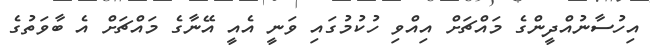
އިހުސާނުއްދީންގެ މައްޗަށް އިއްވި ހުކުމުގައި ވަނީ އެއީ އޭނާގެ މައްޗަށް އެ ބާވަތުގެ